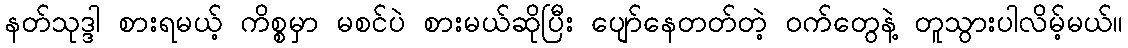
နတ်သုဒ္ဒါ စားရမယ့် ကိစ္စမှာ မစင်ပဲ စားမယ်ဆိုပြီး ပျော်နေတတ်တဲ့ ဝက်တွေနဲ့ တူသွားပါလိမ့်မယ်။